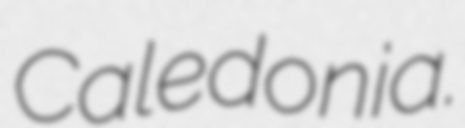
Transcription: Caledonia.